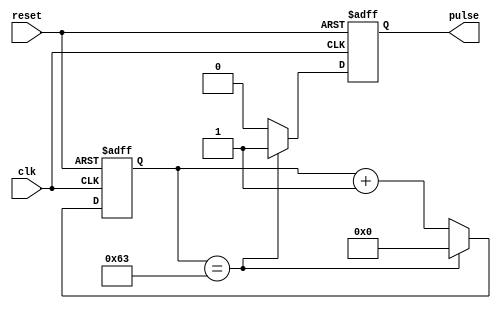
module timing_control_block(
    input wire clk,
    input wire reset,
    output reg pulse
);

parameter COUNTER_WIDTH = 10; // Define counter width
parameter PREDEFINED_VALUE = 100; // Define predefined value for counter

reg [COUNTER_WIDTH-1:0] counter;

always @(posedge clk or posedge reset) begin
    if (reset) begin
        counter <= 0;
        pulse <= 0;
    end else begin
        if (counter == PREDEFINED_VALUE-1) begin
            counter <= 0;
            pulse <= 1;
        end else begin
            counter <= counter + 1;
            pulse <= 0;
        end
    end
end

endmodule